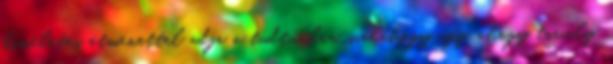
kíméletes átmenettel adja a tudtunkra. valahogy úgy, ahogy tavaly.